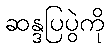
ဆန္ဒပြပွဲကို